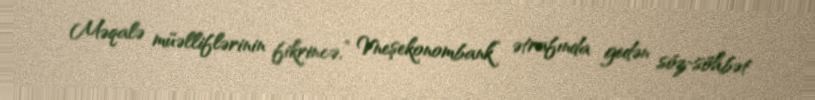
Məqalə müəlliflərinin fikrincə,” Vneşekonombank” ətrafında gedən söz-söhbət